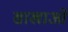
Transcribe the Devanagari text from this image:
साखाओं